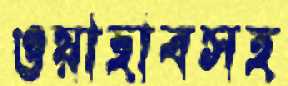
ওয়াহাবসহ